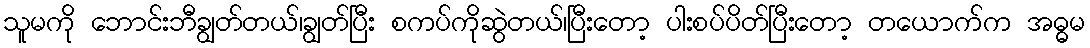
သူမကို ဘောင်းဘီချွတ်တယ်၊ချွတ်ပြီး စကပ်ကိုဆွဲတယ်၊ပြီးတော့ ပါးစပ်ပိတ်ပြီးတော့ တယောက်က အဓ္ဓမ